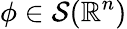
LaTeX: \phi\in{\mathcal{S}}(\mathbb{R}^{n})